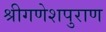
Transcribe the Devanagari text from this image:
श्रीगणेशपुराण